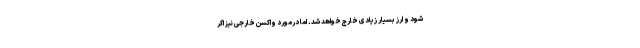
شود و ارز بسیار زیادی خارج خواهد شد. اما درمورد واکسن خارجی نیز اگر